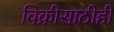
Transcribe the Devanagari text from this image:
विक्रीसाठीही